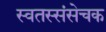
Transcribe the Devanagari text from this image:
स्वतस्संसेचक